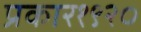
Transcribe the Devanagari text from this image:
प्रकार१९२०